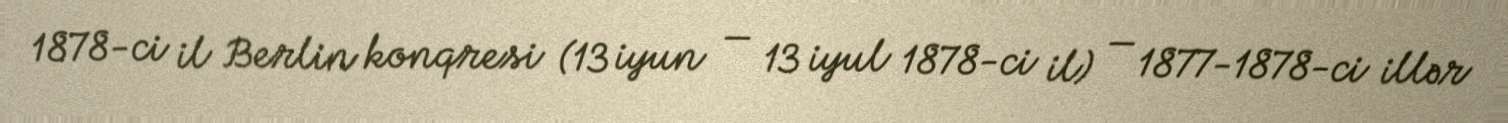
1878-ci il Berlin konqresi (13 iyun — 13 iyul 1878-ci il) — 1877-1878-ci illər